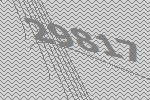
29817